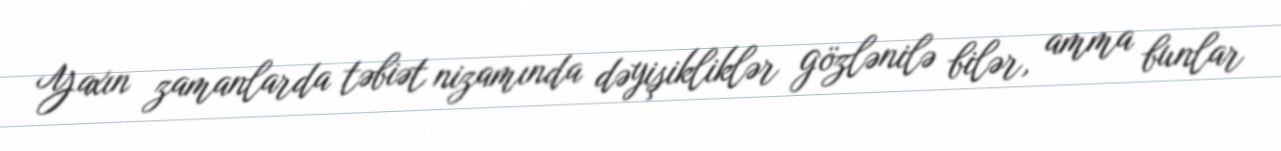
Yaxın zamanlarda təbiət nizamında dəyişikliklər gözlənilə bilər, amma bunlar